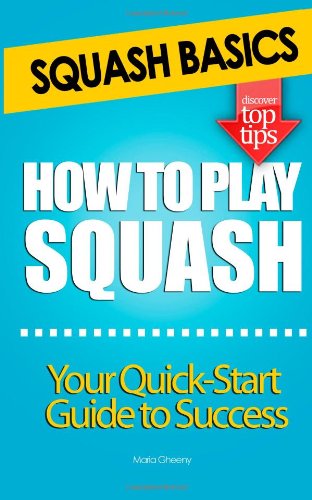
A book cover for Squash Basics - How To Play Squash; Maria Gheeny; Sports & Outdoors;